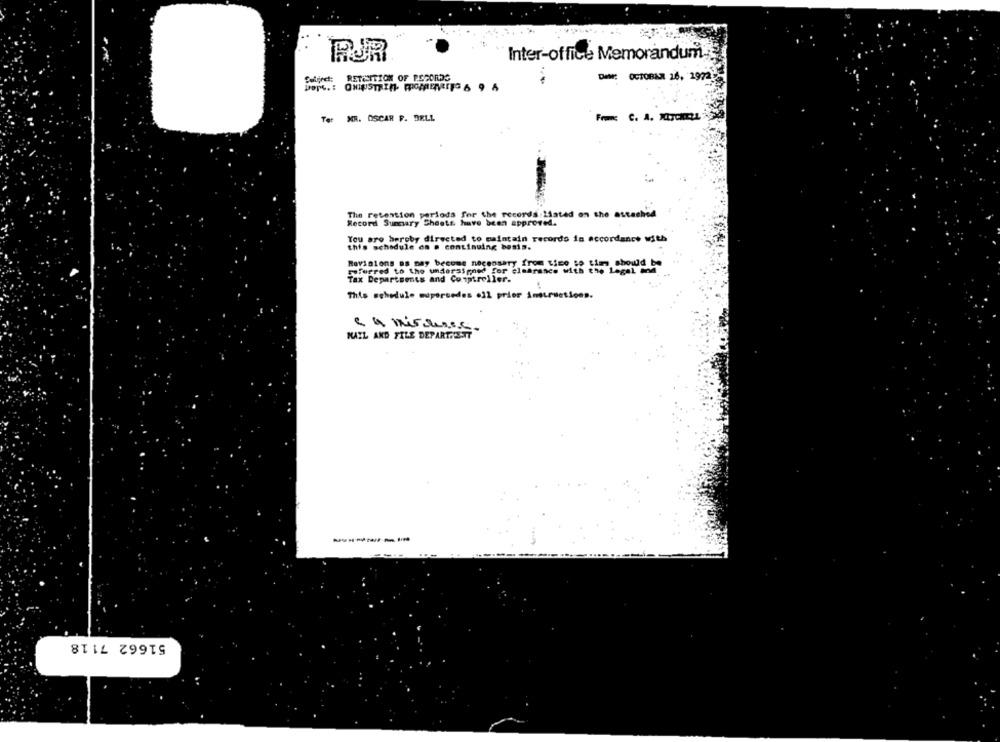
RUR
Inter-office Memorandum
RETESTTION OF RECORDS
DEM: OCTOBER 26, 1972
Ter
MR. OSCAR F. BELL
The retention periods for the records listed on the attached
Record Summary Shoots have been approved.
You are hereby directed to maintain records in accordance with
this schedule os . continuing basis.
Revisions os may become necessary from time to time should be
referred to the undoraspned for clearance with the Legal M
Tax Departments and Comptroller.
This schedule supersedes .11 prior instructions.
e a mirouses.
MAIL AND FILE DEPARTMENT
-------
51662 7118